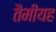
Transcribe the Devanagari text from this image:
तैमीयह